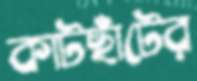
কাটছাঁটের